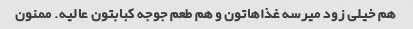
هم خیلی زود میرسه غذاهاتون و هم طعم جوجه کبابتون عالیه. ممنون